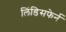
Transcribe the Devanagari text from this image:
लिंडिसफेर्न